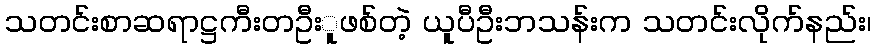
သတင်းစာဆရာဋ္ဌကီးတဦးူဖစ်တဲ့ ယူပီဦးဘသန်းက သတင်းလိုက်နည်း၊